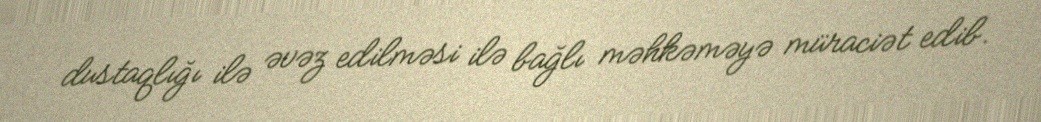
dustaqlığı ilə əvəz edilməsi ilə bağlı məhkəməyə müraciət edib.